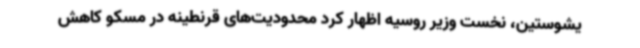
یشوستین، نخست وزیر روسیه اظهار کرد محدودیت‌های قرنطینه در مسکو کاهش